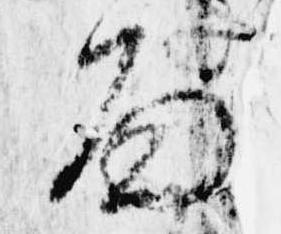
面